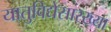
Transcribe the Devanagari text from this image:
यातुविद्येसारख्या